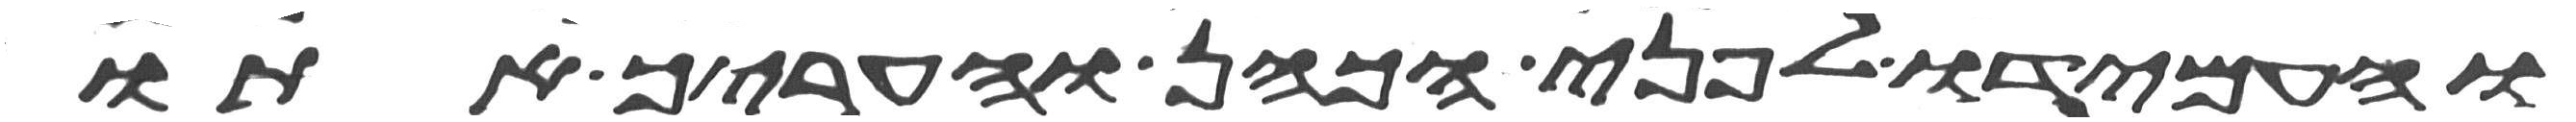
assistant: והעמידו לפני הכהן והעריך אתו